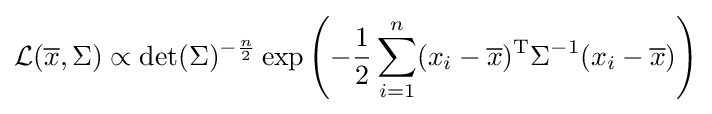
{\mathcal {L}}({\overline {x}},\Sigma )\propto \det(\Sigma )^{-{\frac {n}{2}}}\exp \left(-{1 \over 2}\sum _{i=1}^{n}(x_{i}-{\overline {x}})^{\mathrm {T} }\Sigma ^{-1}(x_{i}-{\overline {x}})\right)